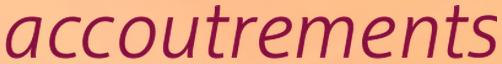
accoutrements